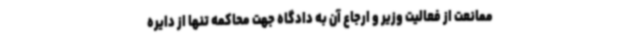
ممانعت از فعالیت وزیر و ارجاع آن به دادگاه جهت محاکمه تنها از دایره